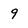
Character: 9